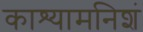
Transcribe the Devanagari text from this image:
काश्यामनिशं